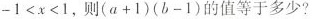
$$- 1 < x < 1$$，则$$( a + 1 ) ( b - 1 )$$的值等于多少?